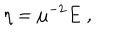
LaTeX: \eta = \mu ^ { - 2 } E \; ,